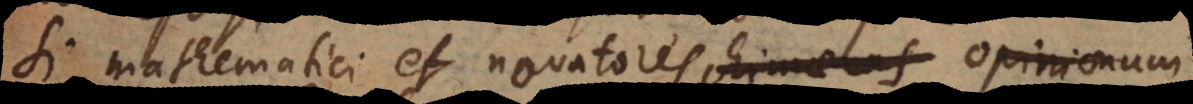
si mathematici et novatores chimaeras opinionum